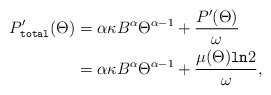
\begin{align*}P_{\texttt{total}}'(\Theta) & =\alpha \kappa B^{\alpha}\Theta^{\alpha-1}+\frac{P'(\Theta)}{\omega} \\ & = \alpha \kappa B^{\alpha}\Theta^{\alpha-1}+\frac{\mu(\Theta)\texttt{ln}2}{\omega},\end{align*}